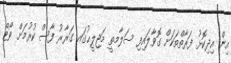
އިން އިދިކޮޅު ފަރާތްތަކަށް ގޮވާލައިފި ސަލާމތީ މަޖިލީޙުގައ ގަރާރު ފާސް ކުރުމަށް ވޯޓް